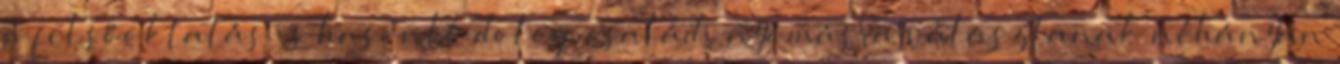
a felsőoktatás is hasonló dolog, családi nyomásra választanak néhányan